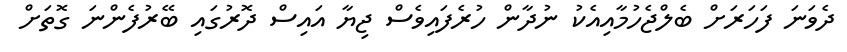
ދެވަނަ ފަހަރަށް ބެލްޖެހުމާއިއެކު ނުދާން ހުރެފައިވެސް ޖިޔާ އައިސް ދޮރުގައި ބޭރުފެންނަ ގޮތަށް